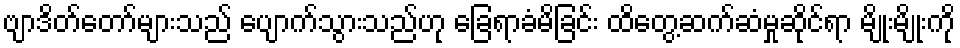
ဗျာဒိတ်တော်များသည် ပျောက်သွားသည်ဟု ခြေရာခံမိခြင်း ထိတွေ့ဆက်ဆံမှုဆိုင်ရာ မျိုးမျိုးကို